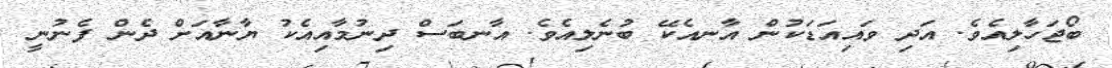
ބޯޖަހާލިއެވެ. އަދި ވައިއަޑަކުން އާނއެކޭ ބުނެލިއެވެ. އާނބަސް ދިނުމާއިއެކު ޔާނާއަށް ދެން ފެނުނީ